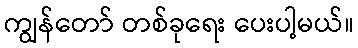
ကျွန်တော် တစ်ခုရေး ပေးပါ့မယ်။